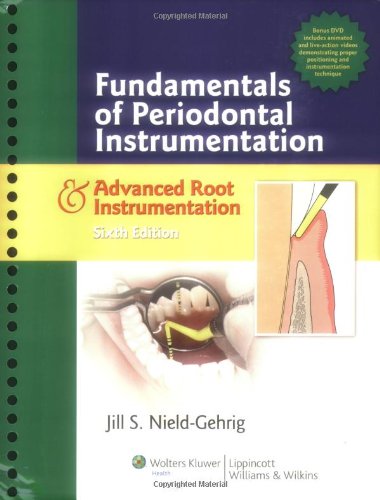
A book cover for Fundamentals of Periodontal Instrumentation and Advanced Root Instrumentation; Jill S. Gehrig RDH  MA; Medical Books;